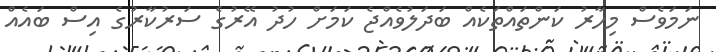
ނަމަވެސް މިހާރު ކަންތައްތަކެއް ބަދަލުވެއްޖެ ކަމަށް ހުދު އޭރުގެ ސަރުކާރުގެ އިސް ބައެއް